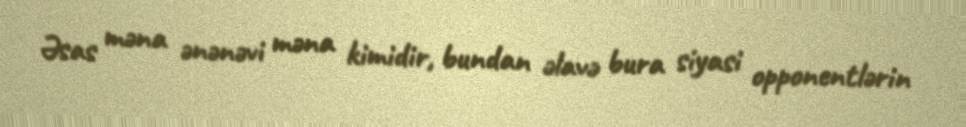
Əsas məna ənənəvi məna kimidir, bundan əlavə bura siyasi opponentlərin